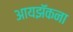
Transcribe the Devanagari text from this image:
आयझॅकना